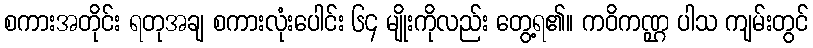
စကားအတိုင်း ရတုအချ စကားလုံးပေါင်း ၆၄ မျိုးကိုလည်း တွေ့ရ၏။ ကဝိကဏ္ဌ ပါသ ကျမ်းတွင်